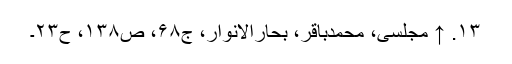
۱۳. ↑ مجلسی، محمدباقر، بحارالانوار، ج۶۸، ص۱۳۸، ح۲۳۔